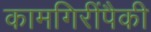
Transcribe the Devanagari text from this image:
कामगिरींपैकी